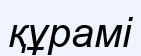
құрамі